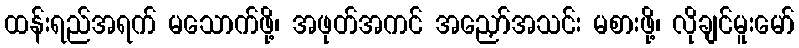
ထန်းရည်အရက် မသောက်ဖို့၊ အဖုတ်အကင် အညှော်အသင်း မစားဖို့၊ လိုချင်မူးမော်